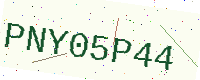
Text: PNY05P44